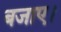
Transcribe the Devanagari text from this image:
बजाए।